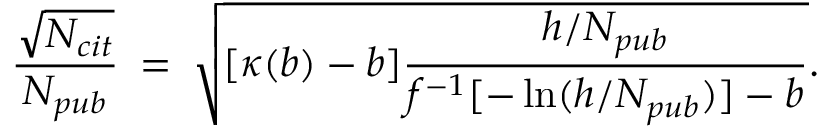
\frac { \sqrt { N _ { c i t } } } { N _ { p u b } } \: = \: \sqrt { [ \kappa ( b ) - b ] \frac { h / N _ { p u b } } { f ^ { - 1 } [ - \ln ( h / N _ { p u b } ) ] - b } } .